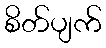
စိတ်ပျက်